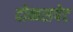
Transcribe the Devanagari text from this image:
दोब्बसपेट